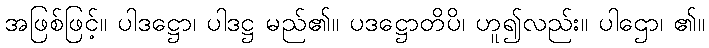
အဖြစ်ဖြင့်။ ပါဒဋ္ဌော၊ ပါဒဋ္ဌ မည်၏။ ပဒဋ္ဌောတိပိ၊ ဟူ၍လည်း။ ပါဌော၊ ၏။